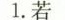
1.若